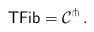
LaTeX: \begin{align*}\mathsf{TFib} = \mathcal{C}^\pitchfork\,.\end{align*}